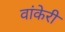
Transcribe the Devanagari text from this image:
वांकेरी